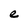
Character: e